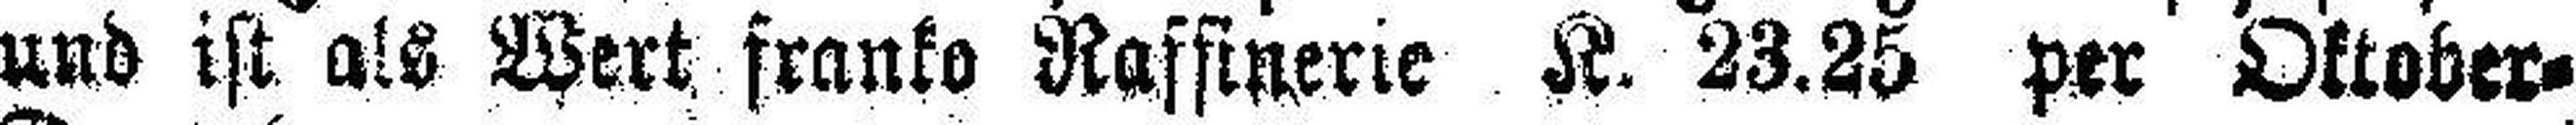
und ist als Wert franko Rafsinerte K. 23.25 per Oktober=